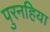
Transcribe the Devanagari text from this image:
पुरनहिया